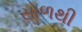
સાળથી